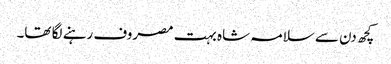
کچھ دن سے سلامہ شاہ بہت مصروف رہنے لگا تھا۔